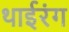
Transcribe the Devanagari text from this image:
थाईरंग